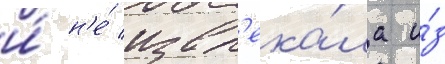
и́ н'е́ извл'ека́ла и́з